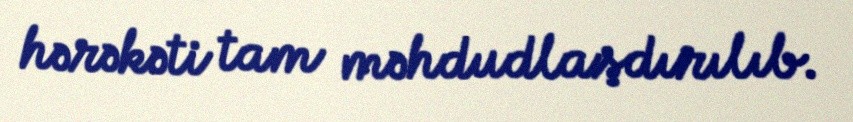
hərəkəti tam məhdudlaşdırılıb.